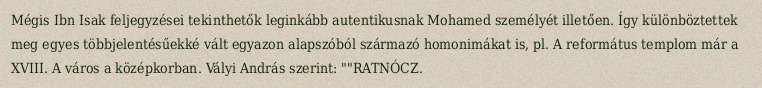
Mégis Ibn Isak feljegyzései tekinthetők leginkább autentikusnak Mohamed személyét illetően. Így különböztettek meg egyes többjelentésűekké vált egyazon alapszóból származó homonimákat is, pl. A református templom már a XVIII. A város a középkorban. Vályi András szerint: ""RATNÓCZ.